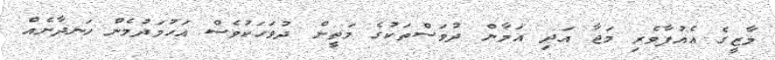
މާޒީގެ އެއުފާވެރި މަޖާ އަދި އަމާން ދުވަސްތަކުގެ މަތީން ދުވަހަކުވެސް އަހުމަދުމެން ހަނދާނެއް